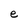
Character: e